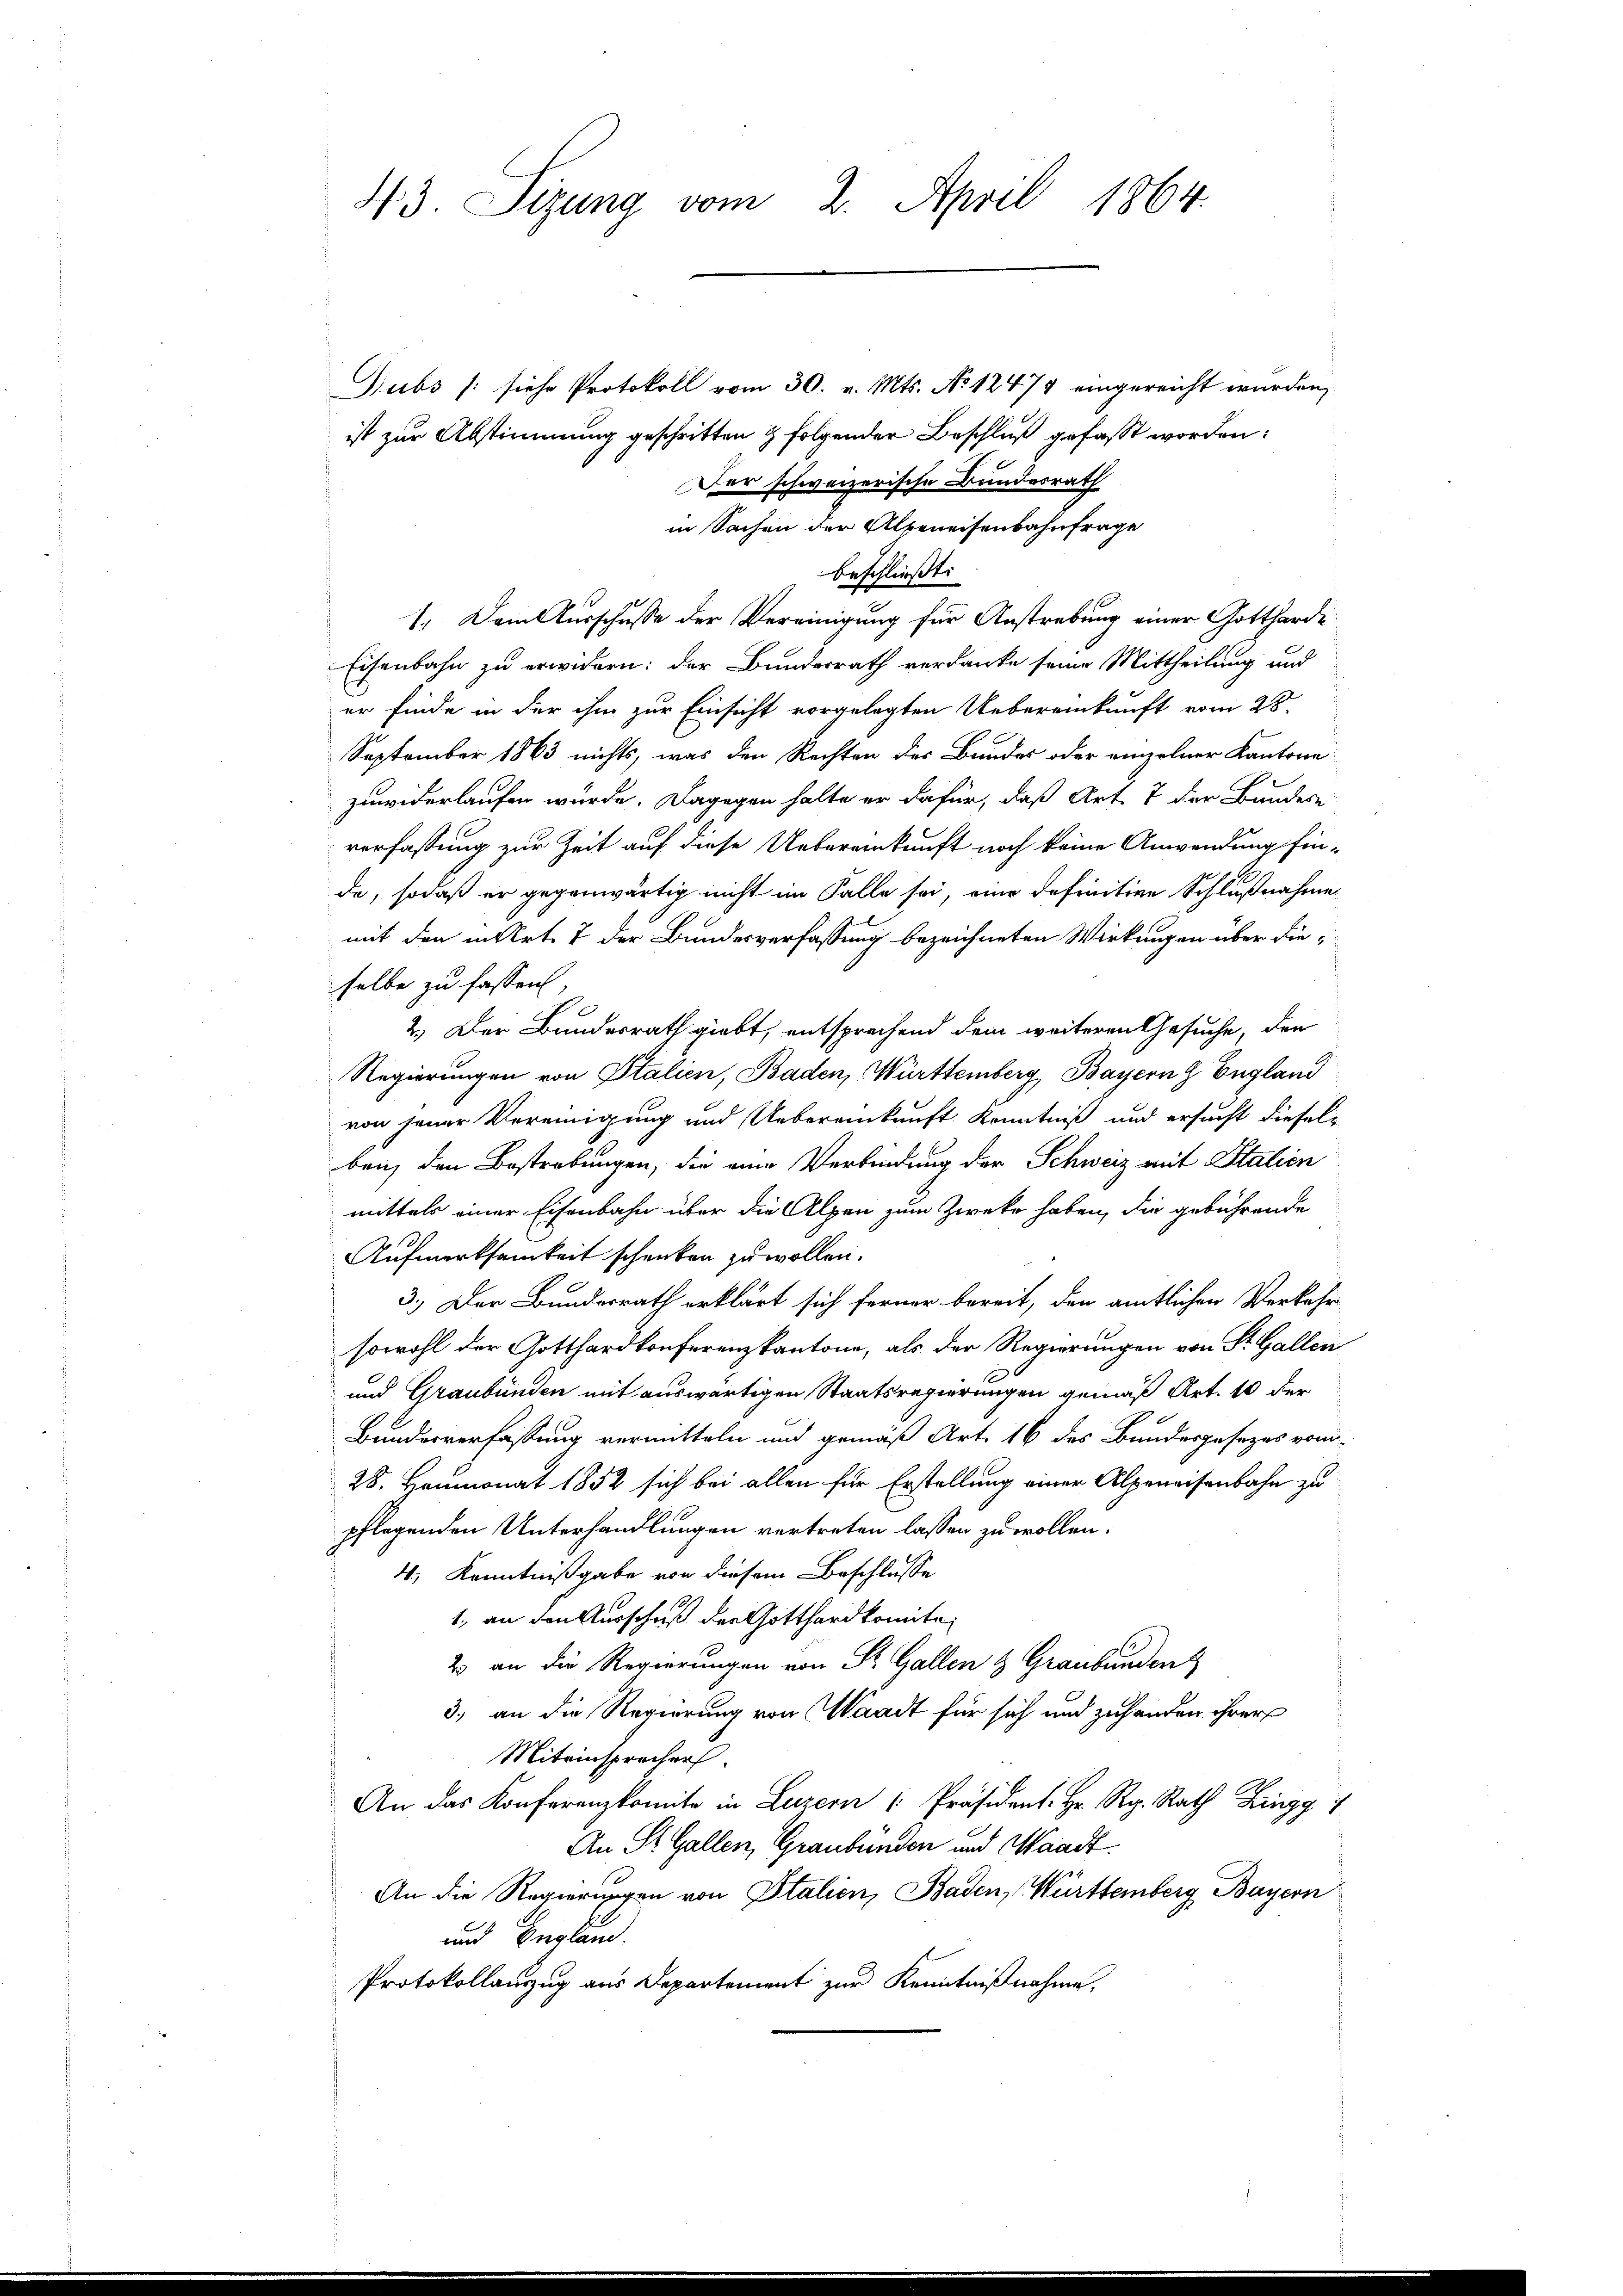
Gubs (siehe Protokoll vom 30. v. Mts. No 12475 eingereicht wurden,
ist zur Abstimmung geschritten & folgender Beschluß gefasst worden:
Der schweizerische Bundesrath
in Sachen der Alpeneisenbahnfrage
beschließt:
1.) Dem Ausschusse der Vereinigung für Anstrebung einer Gottharde
Eisenbahn zu erwidern: der Bundesrath verdanke seine Mittheilung und
er finde in der ihm zur Einsicht vorgelegten Uebereinkunft vom 28.
September 1863 nichts, was den Rechten des Bundes oder einzelner Kantone
zuwiderlaufen wurde. Dagegen halte er dafür, daß Art. 7 der Bundes-
verfassung zur Zeit auf diese Uebereinkunft noch keine Anwendung finde, sodaß er gegenwärtig nicht im Falle sei, eine definitive Schlußnahme
mit den in Art. 7 der Bundesverfassung bezeichneten Wirkungen über dieselbe zu fassen,
2.) Der Bundesrath giebt, entsprechend dem weiteren Gesuche, den
Regierungen von Italien, Baden, Württemberg, Bayern z England
von jener Vereinigung und Uebereinkunft Kenntniß und ersucht dieselben, den Bestrebungen, die eine Verbindung der Schweiz mit Stalien
mittels einer Eisenbahn über die Alpen zum Zwecke haben, die gebührende
Aufmerksamkeit schenken zu wollen.
3.) Der Bundesrath erklärt sich ferner bereit, den amtlichen Verkehr
sowohl der Gotthardkonferenzkantone, als der Regierungen von St. Gallen
und Graubünden mit auswärtigen Staatsregierungen gemäß Art. 10 der
Bundesverfassung vermitteln und gemäß Art. 16 des Bundesgesezes vom
28. Heumonat 1852 sich bei allen für Erstellung einer Alpenaisenbahn zu
pflegenden Unterhandlungen vertreten lassen zu wollen.
4, Kenntnißgabe von diesem Beschlusse
1., an den Ausschuß der Gotthardkomite,
2 an die Regierungen von St. Gallen & Graubünden
3.) an die Regierung von Waadt für sich und zuhanden ihrer
Miteinsprechen.
An das Konferenzkomite in Luzern Präsident. Hr. R. Rath
An St. Gallen, Graubünden und Waadt.
An die Regierungen von Italien, Baden, Württemberg Bayern
und England.
Protokollanzug aus Departement zur Kenntnißnahme,

43. Sizung vom 2. April 1864.